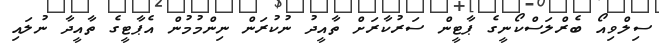
ސިލްވިއޯ ބެރްލަސްކޯނީގެ ޕާޓީން ސަރުކާރަށް ތާއީދު ނުކުރަން ނިންމުމުން އެޕާޓީގެ ތާއީދާ ނުލައި